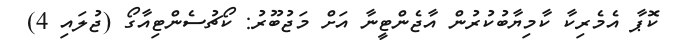
ކޮޕާ އެމެރިކާ ކާމިޔާބުކުރުން އާޖެންޓީނާ އަށް މަޖުބޫރު: ކޯޗުސެންޓިއާގޯ (ޖުލައި 4)